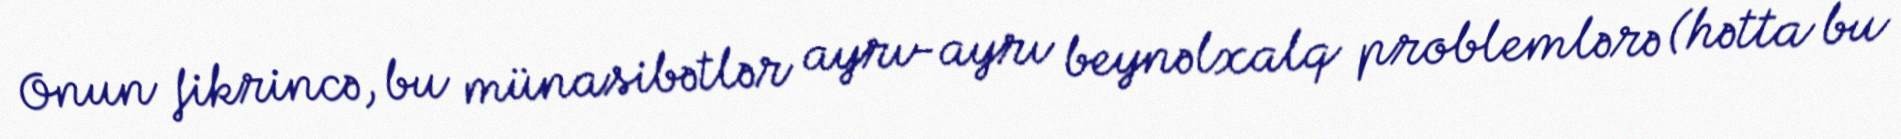
Onun fikrincə, bu münasibətlər ayrı-ayrı beynəlxalq problemlərə (hətta bu